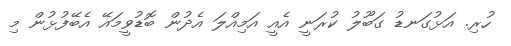
ހުރި. އަޅުގަނޑު ގަބޫލު ކުރަނީ އެއީ އަމިއްލަ އެދުން ބޮޑުވީމައޭ އެބޭފުޅުން މި